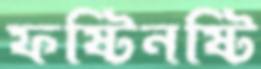
ফষ্টিনষ্টি